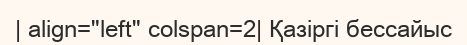
| align="left" colspan=2| Қазіргі бессайыс